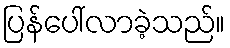
ပြန်ပေါ်လာခဲ့သည်။